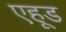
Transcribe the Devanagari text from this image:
एहूड